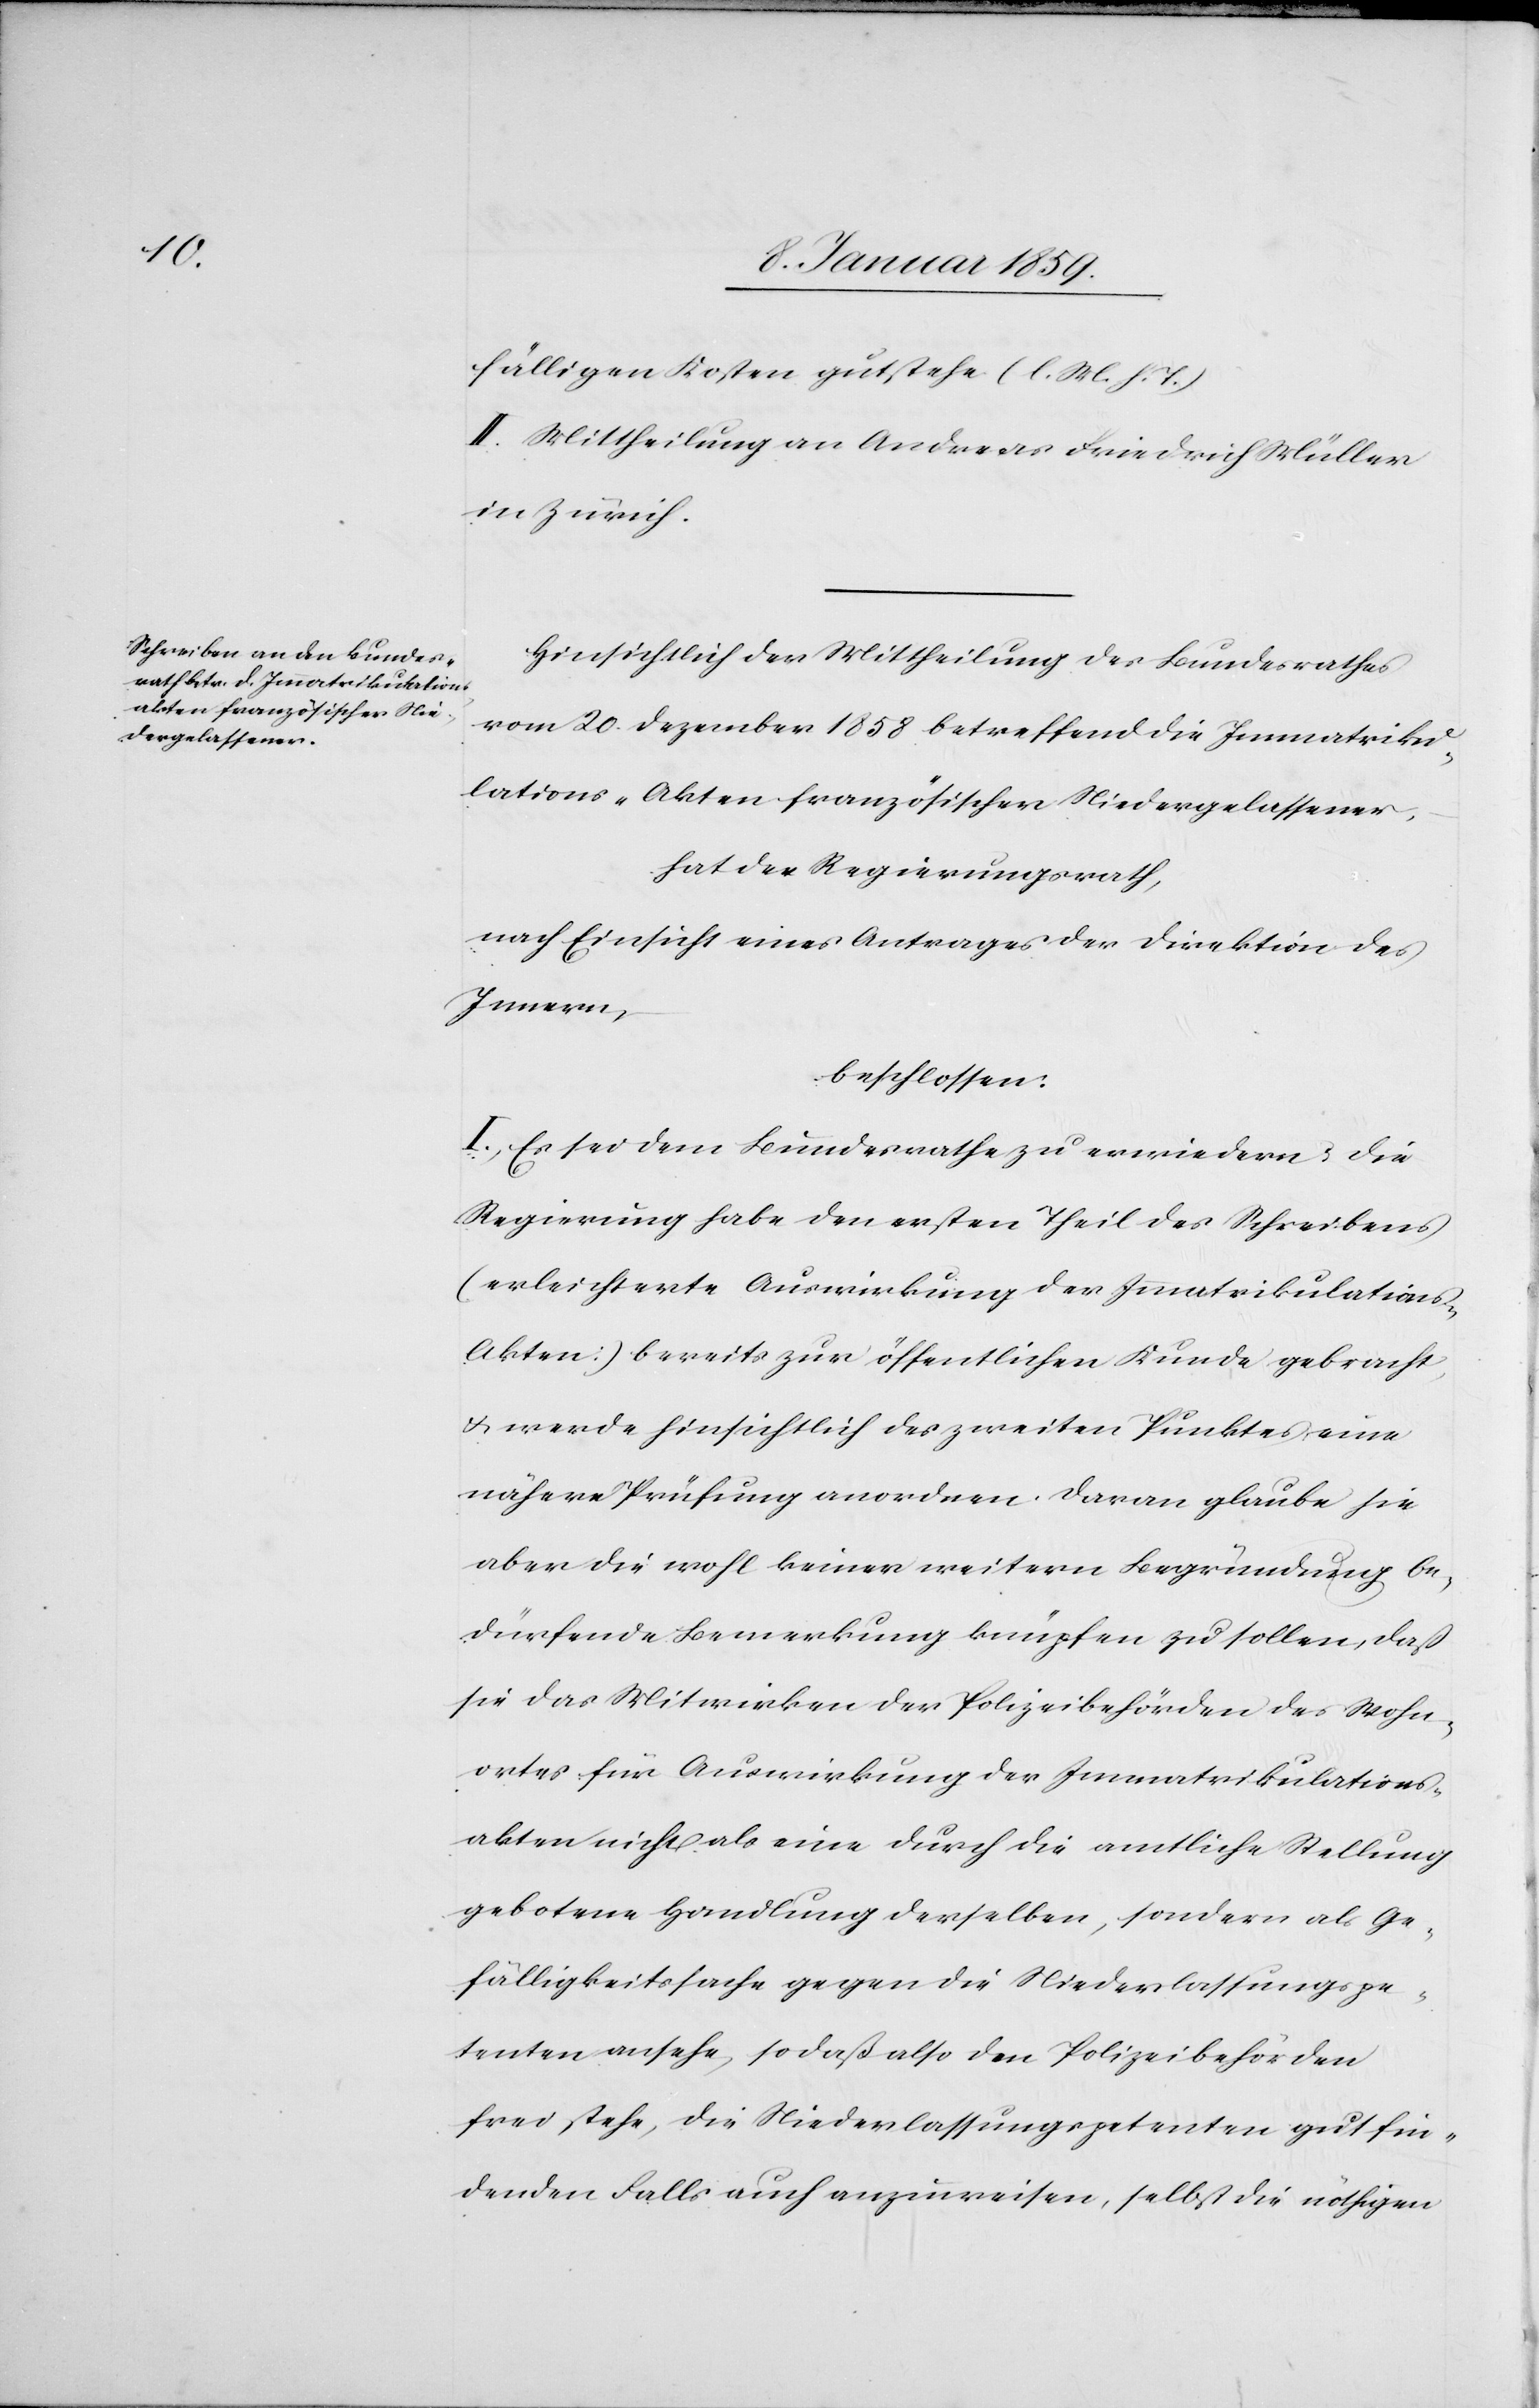
fälligen Kosten gutstehe (l. M. h. T.).
II. Mittheilung an Andreas Friedrich Müller
in Zürich.
Hinsichtlich der Mittheilung des Bundesrathes
vom 20. Dezember 1858 betreffend die Immatriku¬
lations-Akten französischer Niedergelassener,
hat der Regierungsrath,
nach Einsicht eines Antrages der Direktion des
Innern,
beschlossen:
I. Es sei dem Bundesrathe zu erwiedern: die
Regierung habe den ersten Theil des Schreibens
(erleichterte Auswirkung der Immatrikulation¬
s-Akten) bereits zur öffentlichen Kunde gebracht,
u. werde hinsichtlich des zweiten Punktes eine
nähere Prüfung anordnen. Daran glaube hie
aber die wohl keiner weitern Begründung be¬
dürfende Bemerkung knüpfen zu sollen, daß
sie das Mitwirken der Polizeibehörden des Wohn¬
ortes für Auswirkung der Immatrikulations¬
akten nicht als eine durch die amtliche Stellung
gebotene Handlung derselben, sondern als Ge¬
fälligkeitssache gegen die Niederlassungspe¬
tenten ansehe, so daß also den Polizeibehörden
frei stehe, die Niederlassungspetenten gut fin¬
denden Falls auch anzuweisen, selbst die nöthigen